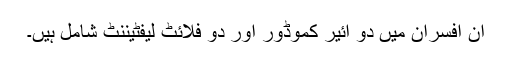
ان افسران میں دو ائیر کموڈور اور دو فلائٹ لیفٹیننٹ شامل ہیں۔